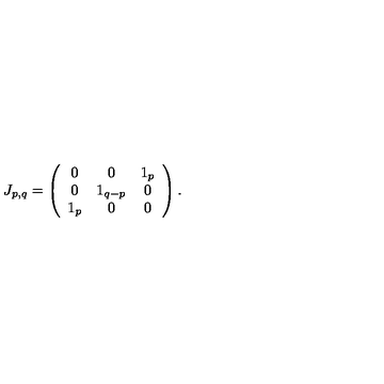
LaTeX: J _ { p , q } = \left( \begin{array} { c c c } { 0 } & { 0 } & { 1 _ { p } } \\ { 0 } & { 1 _ { q - p } } & { 0 } \\ { 1 _ { p } } & { 0 } & { 0 } \\ \end{array} \right) .